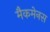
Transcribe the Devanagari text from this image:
मैकमेनस